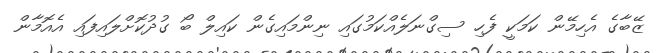
ޒޭބާގެ އެހިމޭން ކަމަކީ ފެހި ސިގްނަލެއްކަމުގައި ނިންމައިގެން ކައިލް ބޯ ގުދުކޮށްލައިފައި އެއޮމާން